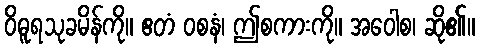
ဝိဓူရသုခမိန်ကို။ ဧတံ ဝစနံ၊ ဤစကားကို။ အဝေါစ၊ ဆို၏။